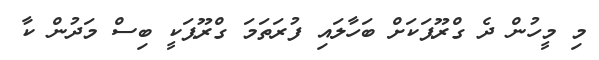
މި މީހުން ދެ ގްރޫޕަކަށް ބަހާލައި ފުރަަތަމަ ގްރޫޕަކީ ބިސް މަދުން ކާ